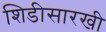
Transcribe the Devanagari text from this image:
शिडीसारखी